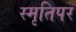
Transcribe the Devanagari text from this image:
स्मृतिपर